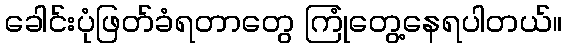
ခေါင်းပုံဖြတ်ခံရတာတွေ ကြုံတွေ့နေရပါတယ်။